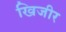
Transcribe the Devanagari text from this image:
खिजीर